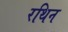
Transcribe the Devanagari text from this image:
रथिन